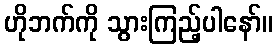
ဟိုဘက်ကို သွားကြည့်ပါနော်။